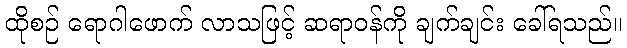
ထိုစဉ် ရောဂါဖောက် လာသဖြင့် ဆရာဝန်ကို ချက်ချင်း ခေါ်ရသည်။